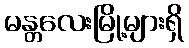
မန္တလေးမြို့များရှိ